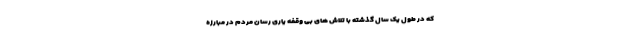
که در طول یک سال گذشته با تلاش های بی وقفه یاری رسان مردم در مبارزه